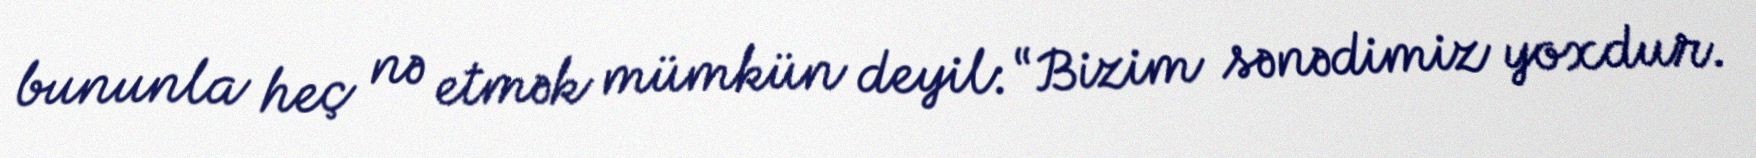
bununla heç nə etmək mümkün deyil: “Bizim sənədimiz yoxdur.